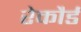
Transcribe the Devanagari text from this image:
रेकौर्ड